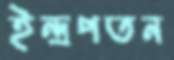
ইন্দ্রপতন